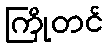
ကြိုတင်